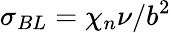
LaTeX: \sigma_{BL}=\chi_{n}\nu/b^{2}